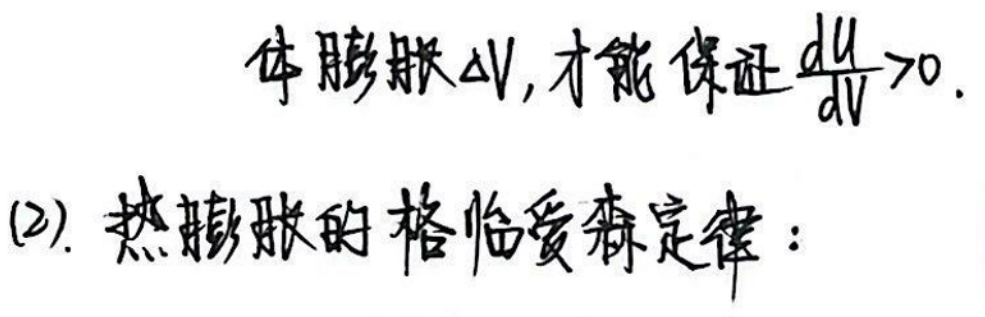
(2). 热膨胀的格律爱森定律：\\
体膨胀\(\Delta V\)，才能保证\(\frac{dU}{dV}>0.\)